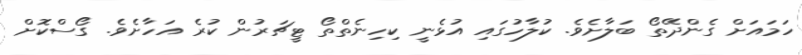
ހަމައަށް ގެންދޭތޯ ބަލާށެވެ. ކުލާހުގައި އުޅެނީ ކިހިނެތްތޯ ޓީޗަރުން ކުރެ އަހާށެވެ. ގޯސްކޮށް